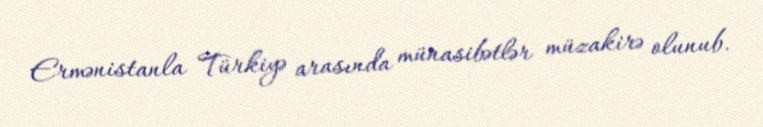
Ermənistanla Türkiyə arasında münasibətlər müzakirə olunub.